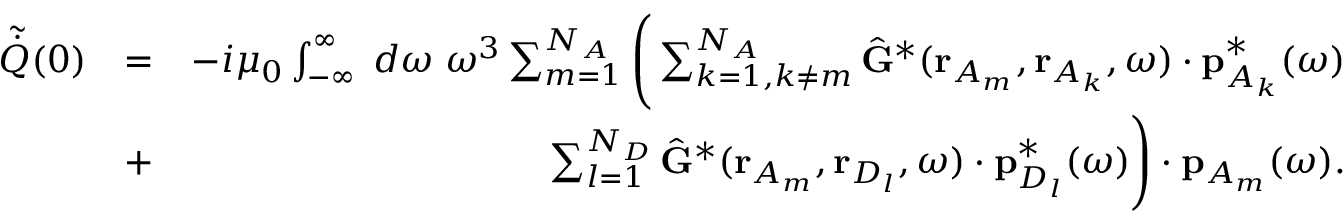
\begin{array} { r l r } { \tilde { \dot { Q } } ( 0 ) } & { = } & { - i \mu _ { 0 } \int _ { - \infty } ^ { \infty } \; d \omega \; \omega ^ { 3 } \sum _ { m = 1 } ^ { N _ { A } } \Bigg ( \sum _ { k = 1 , k \neq m } ^ { N _ { A } } \hat { \mathbf { G } } ^ { * } ( \mathbf { r } _ { A _ { m } } , \mathbf { r } _ { A _ { k } } , \omega ) \cdot \mathbf { p } _ { { A _ { k } } } ^ { * } ( \omega ) } \\ & { + } & { \sum _ { l = 1 } ^ { N _ { D } } \hat { \mathbf { G } } ^ { * } ( \mathbf { r } _ { A _ { m } } , \mathbf { r } _ { D _ { l } } , \omega ) \cdot \mathbf { p } _ { D _ { l } } ^ { * } ( \omega ) \Bigg ) \cdot { \mathbf { p } } _ { A _ { m } } ( \omega ) . } \end{array}